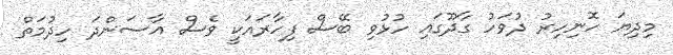
މިދިޔަ ހޮނިހިރު ދުވަހު ގާދޫގައި ހުޅުވި ބޭސް ފިހާރައަކީ ވެސް އާސަންދަ ހިދުމަތް